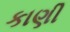
કાણી